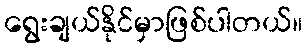
ရွေးချယ်နိုင်မှာဖြစ်ပါတယ်။